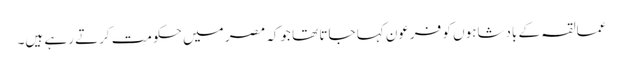
عمالقہ کے بادشاہوں کو فرعون کہا جاتا تھا جوکہ مصر میں حکومت کرتے رہے ہیں۔